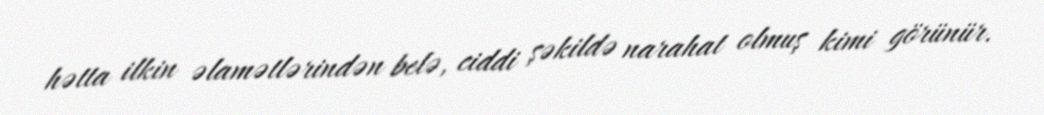
hətta ilkin əlamətlərindən belə, ciddi şəkildə narahat olmuş kimi görünür.